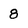
Character: 8